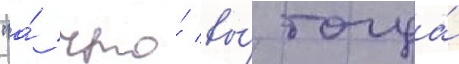
"а́ что́ вы́ тогда́